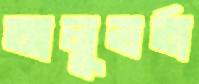
আলুভর্তা